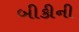
બીકીની